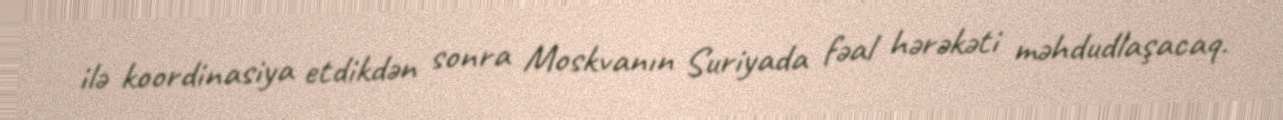
ilə koordinasiya etdikdən sonra Moskvanın Suriyada fəal hərəkəti məhdudlaşacaq.